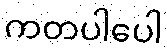
ကတပါပေါ